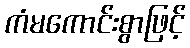
ကံမကောင်းစွာဖြင့်